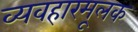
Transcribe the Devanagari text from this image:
व्यवहारमूलक